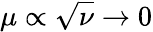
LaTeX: \mu\propto\sqrt{\nu}\to 0